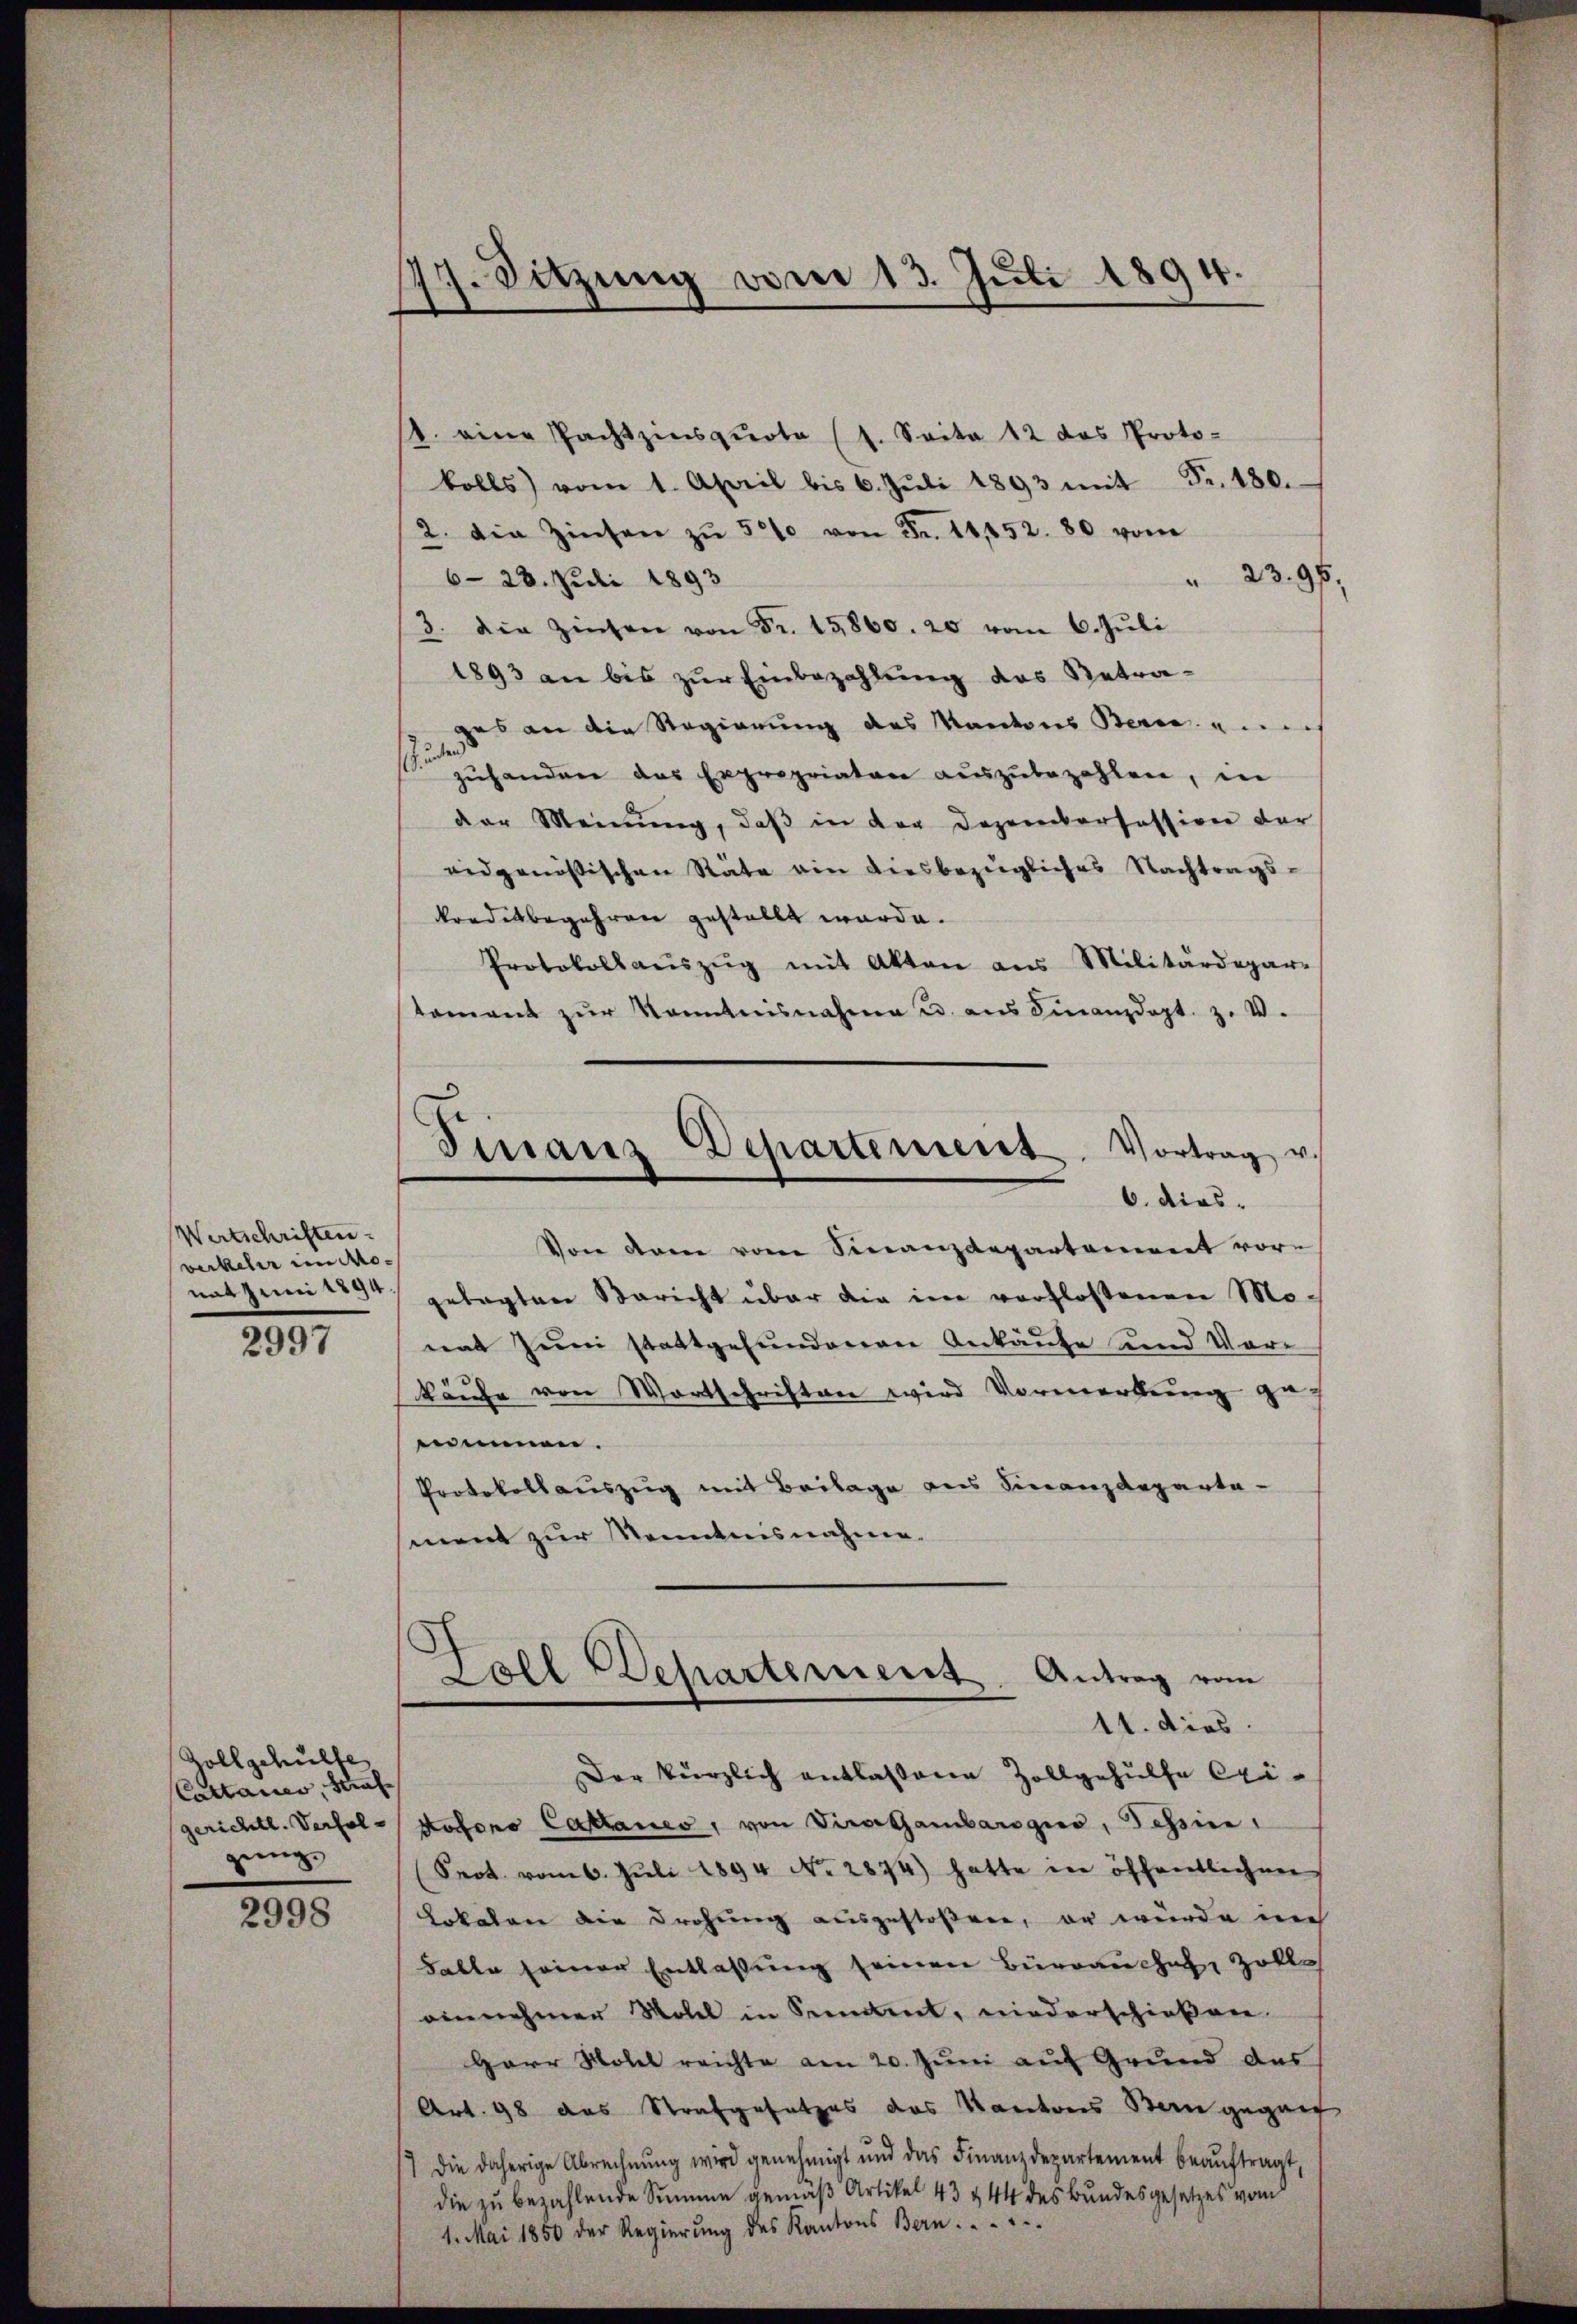
Wertschriften.
verkehr in Mo- |
nat Juni 1894.

2997

Zollgehülfe,
Cattauer, Strafgerichtl. Verfolgung.

2998

77. Sitzung vom 13. Juli 1894.

. eine Pachtzinsquote (s. Seite 12 das Proto-
kolls vom 1. April bis 6. Jŭli 1893 mit Fr. 480.
2. die Zinsen zŭ 501 von Fr. 11,152. 80 von
 23. 91
6- 28. Juli 1893
3. Die Zinsen von Fr. 15860. 20 vom 6. Jŭli
1893 an bis zŭr Einbezahlung des Betrages an die Regierung des Kantons Berne u. ich
zuhanden das Expropriaten aŭszŭbezahlen, in
der Meinŭng, daβ in der Dozenckerfession der
eidgenößischen Stäte ein diesbezügliches Nachtrags-
kradesbegehren gestellt wurde.
Protokoll aŭszŭg mit Akten aus Militärdepar-
tament zŭr Kenntnisnahme u. aus Finanzdept. z. V.
Von dem vom Finanzdepartement vor-
gelegten Bericht über die im verflossenen Mo-
nat Juni stattgefundenen Ankäufe und Vor-
käufe von Wortschriften wird Vormerkung ge-
nimmen.
Protokollauszug mit Beilage aus Finanzdeparta-
ment zur Kenntnisnahme.
Fall Departement. Antrag vom
11. dies
Der kürzlich entlassene Zollgehülfe Czi-
Rofons Cattanes, von Vicartambarsgio, Tessin,
Prot. vom 6. Jŭli 1894 No. 2874) hatte in öffentlichen
Lokalen die Drohung ausgestoßen, er wurde ich
Falle seiner Entlassŭng seinen Bürrauchel, Zolle
einnehmen Wohel in Seement, niederschießene
Herr Molel reichte am 20. Juni auf Grund das
Art. 98 das Strafgesetzes das Kantons Bern gegant
7 die daherige Abrechnung wird genehmigt und das Finanzdepartement beaŭftragt,
die zu bezahlende Summe gemäß Artikel 43 & 44 des Bundesgesetzes vom

Finanz Departement. Vortrag v.
6. dies

.